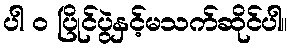
ပါ ၀ ပြိုင်ပွဲနှင့်မသက်ဆိုင်ပါ။